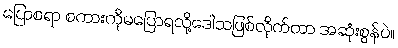
ပြောစရာ စကားကိုမပြောရလို့ဒေါသဖြစ်လိုက်တာ အဆုံးစွန်ပဲ။